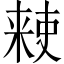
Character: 𫣙